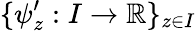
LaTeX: \{ \psi_{z}^{\prime}:I\to\mathbb{R}\} _{z\in I}